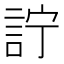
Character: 詝